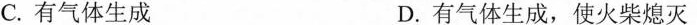
C.有气体生成 D.有气体生成，使火柴熄灭